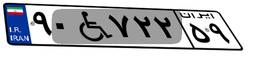
۹۰W۷۲۲۵۹